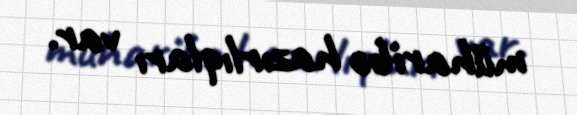
müharibə hazırlıqları var.